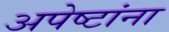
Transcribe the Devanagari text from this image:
अपेष्टांना